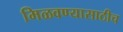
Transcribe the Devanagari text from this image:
मिळवण्यासाठीच